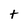
Character: t